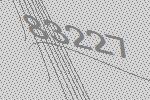
83227